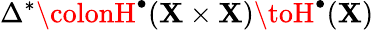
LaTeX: \Delta^{*}\colonH^{\bullet}(\mathbf{X}\times\mathbf{X})\toH^{\bullet}(\mathbf{X})